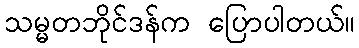
သမ္မတဘိုင်ဒန်က ပြောပါတယ်။